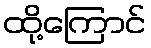
ထို့ကြောင်